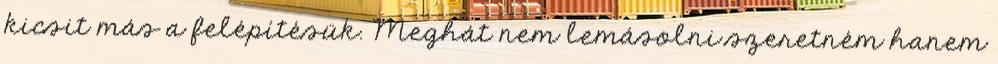
kicsit más a felépítésük. Meghát nem lemásolni szeretném hanem